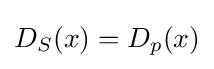
D_{S}(x)=D_{p}(x)